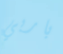
باربي